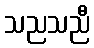
သညသညီ